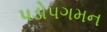
પડોપગમન